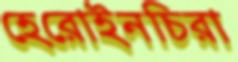
হেরোইনচিরা